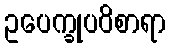
ဥပေက္ခုပဝိစာရာ